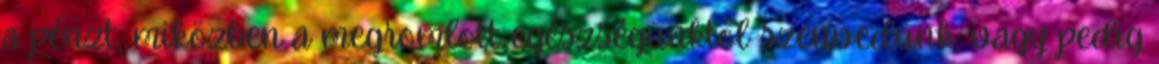
a pénzt, miközben a megromlott egészségünktől szenvedünk, vagy pedig